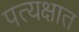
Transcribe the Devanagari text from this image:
पत्यक्षात